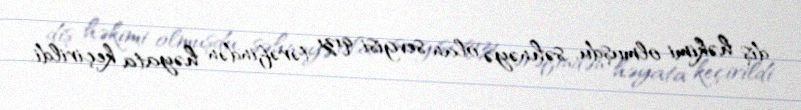
diş həkimi olmuşdu, səhnəyə olan sevgisi qızı tərəfindən həyata keçirildi.